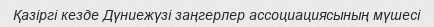
Қазіргі кезде Дүниежүзі заңгерлер ассоциациясының мүшесі